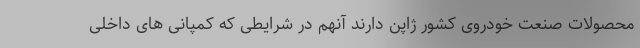
محصولات صنعت خودروی کشور ژاپن دارند آنهم در شرایطی که کمپانی های داخلی